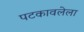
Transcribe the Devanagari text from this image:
पटकावलेला